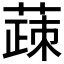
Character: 𬝸